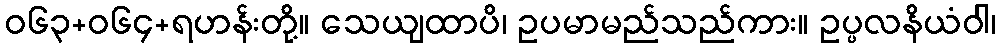
ဝ၆၃+၀၆၄+ရဟန်းတို့။ သေယျထာပိ၊ ဥပမာမည်သည်ကား။ ဥပ္ပလနိယံဝါ၊